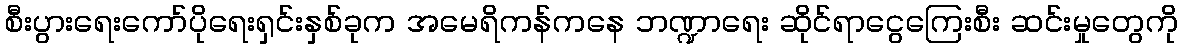
စီးပွားရေးကော်ပိုရေးရှင်းနှစ်ခုက အမေရိကန်ကနေ ဘဏ္ဍာရေး ဆိုင်ရာငွေကြေးစီး ဆင်းမှုတွေကို